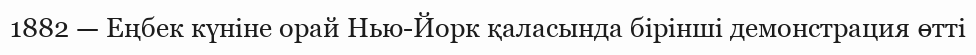
1882 — Еңбек күніне орай Нью-Йорк қаласында бірінші демонстрация өтті